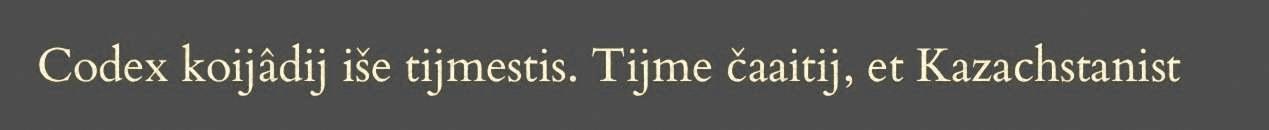
Codex koijâdij iše tijmestis. Tijme čaaitij, et Kazachstanist